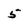
Character: 5